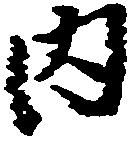
内